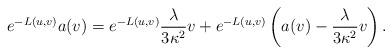
LaTeX: \begin{align*} e^{-L(u,v)}a(v)=e^{-L(u,v)}\frac{\lambda}{3\kappa^2}v+e^{-L(u,v)}\left(a(v)-\frac{\lambda}{3\kappa^2}v\right).\end{align*}